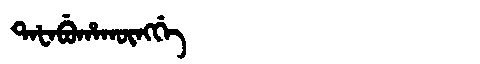
Manchu: ᡨᠠᡶᠠᠪᡠᡥᠠᡴᡡᠩᡤᡝ
Romanization: TAFABUHAKŪNGGE